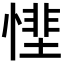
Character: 𢟵